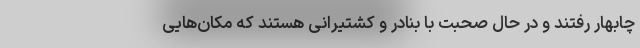
چابهار رفتند و در حال صحبت با بنادر و کشتیرانی هستند که مکان‌هایی